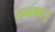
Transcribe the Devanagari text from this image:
ठनका।